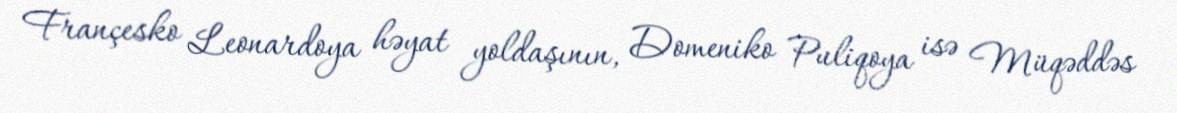
Françesko Leonardoya həyat yoldaşının, Domeniko Puliqoya isə Müqəddəs